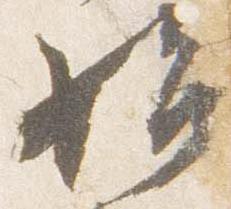
始